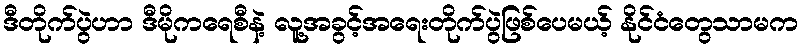
ဒီတိုက်ပွဲဟာ ဒီမိုကရေစီနဲ့ လူ့အခွင့်အရေးတိုက်ပွဲဖြစ်ပေမယ့် နိုင်ငံတွေသာမက